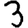
Digit: 3